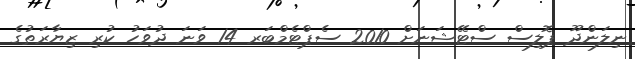
ނިލަންދޫ ޕޮލިސް ސްޓޭޝަނަށް 2010 ސެޕްޓެމްބަރ 14 ވަނަ ދުވަހު ކުރި ޒިޔާރަތުގެ